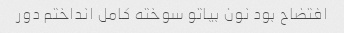
افتضاح بود نون بیاتو سوخته کامل انداختم دور